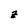
Character: z